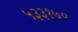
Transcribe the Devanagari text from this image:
५३३१७०